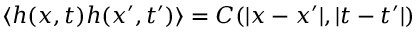
\langle h ( x , t ) h ( x ^ { \prime } , t ^ { \prime } ) \rangle = C ( | x - x ^ { \prime } | , | t - t ^ { \prime } | )